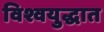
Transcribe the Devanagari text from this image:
विश्वयुद्धात